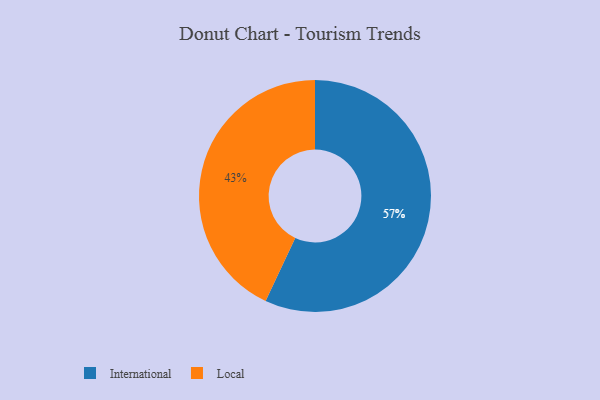
{"axis": {"x": "Category", "y": "Percentage"}, "legend": ["International", "Local"], "data": [{"x": "International", "y": 57, "type": "International"}, {"x": "Local", "y": 43, "type": "Local"}]}